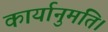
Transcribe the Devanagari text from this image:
कार्यानुमति।